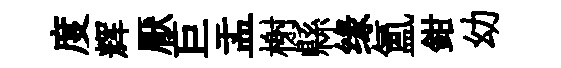
度辉厭巨盂榭縣缘氳鉗幼